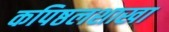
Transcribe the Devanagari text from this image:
कपिष्ठलशाखा